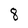
Character: 8